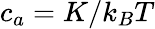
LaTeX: c_{a}=K/k_{B}T